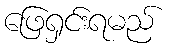
ဖြေရှင်းရမည်